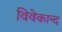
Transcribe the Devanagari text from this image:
विवेकान्‍द